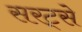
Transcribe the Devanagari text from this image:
सरट्से